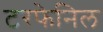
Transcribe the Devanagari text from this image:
टरफेनिल